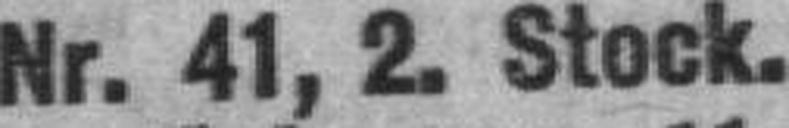
Nr. 41, 2. Stock.